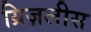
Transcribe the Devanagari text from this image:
ग्रिज़लीस